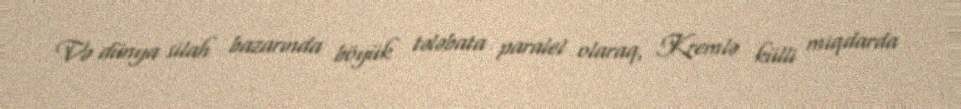
Və dünya silah bazarında böyük tələbata paralel olaraq, Kremlə külli miqdarda